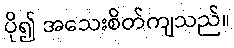
ပို၍ အသေးစိတ်ကျသည်။